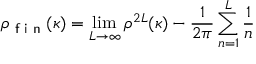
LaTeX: \rho _ { \textsf { f i n } } ( \kappa ) = \operatorname * { l i m } _ { L \to \infty } \rho ^ { 2 L } ( \kappa ) - \frac { 1 } { 2 \pi } \sum _ { n = 1 } ^ { L } \frac { 1 } { n }